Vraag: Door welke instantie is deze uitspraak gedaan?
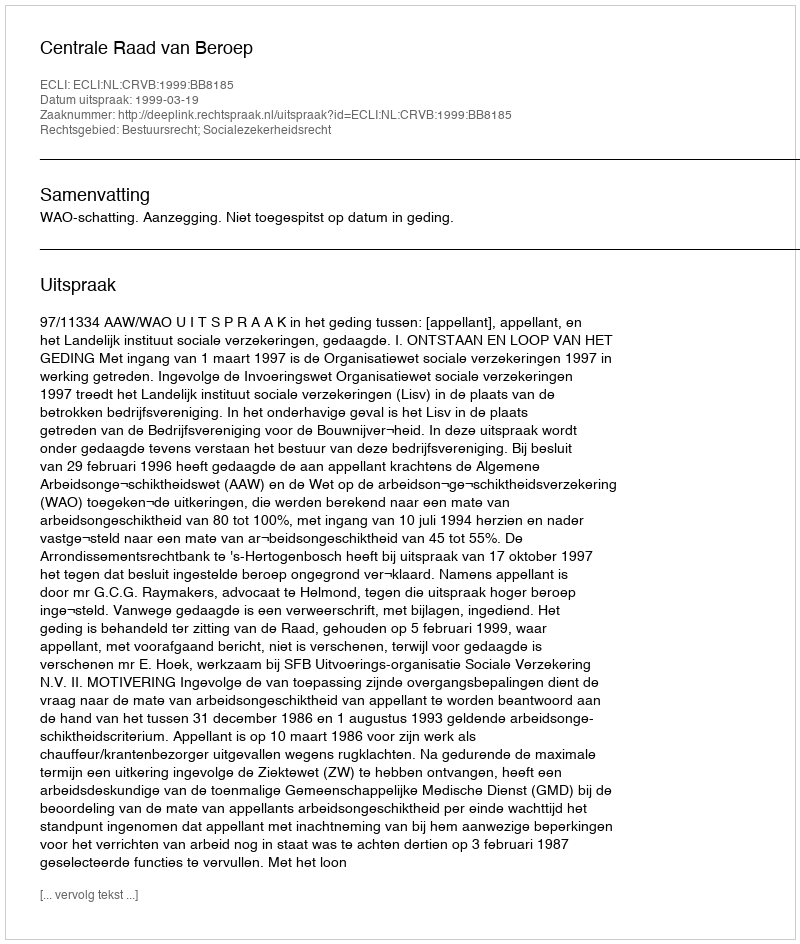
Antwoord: Centrale Raad van Beroep